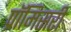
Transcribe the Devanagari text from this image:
प्रॉमिसरी